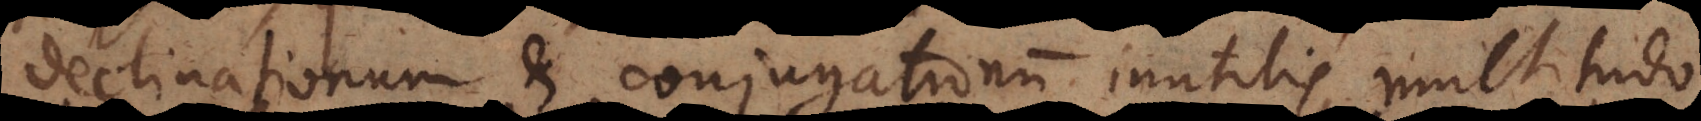
Declinationum et conjugationum inutilis multitudo.